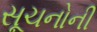
સૂચનોની